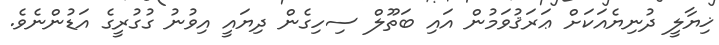
ޚިޔާލީ ދުނިޔެއަކަށް ޢަރަޤުވަމުން އައި ބަތޫލް ސިހިގެން ދިޔައީ އިވުނު ގުގުރީގެ އަޑުންނެވެ.